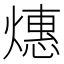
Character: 𬋅